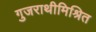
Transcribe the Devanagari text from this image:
गुजराथीमिश्रित